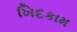
ખિદકામ